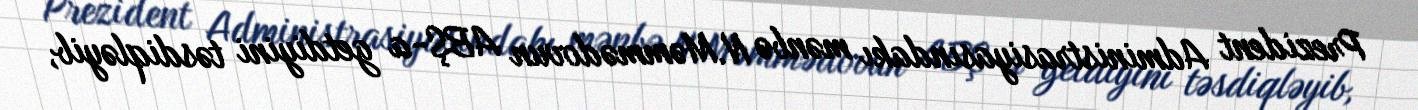
Prezident Administrasiyasındakı mənbə N.Məmmədovun ABŞ-a getdiyini təsdiqləyib,